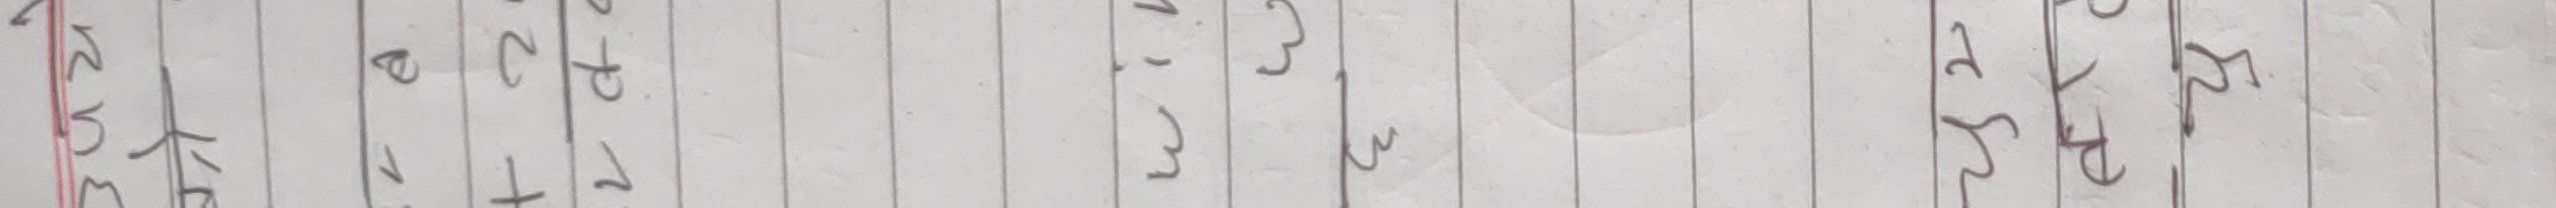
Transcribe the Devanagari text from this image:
के सके प १ व ट २ प र १ ३ र २ ख स प र